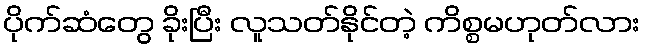
ပိုက်ဆံတွေ ခိုးပြီး လူသတ်နိုင်တဲ့ ကိစ္စမဟုတ်လား